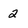
Character: 2